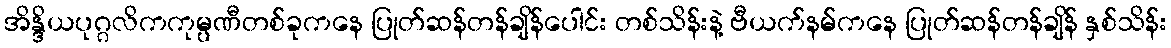
အိန္ဒိယပုဂ္ဂလိကကုမ္ပဏီတစ်ခုကနေ ပြုတ်ဆန်တန်ချိန်ပေါင်း တစ်သိန်းနဲ့ ဗီယက်နမ်ကနေ ပြုတ်ဆန်တန်ချိန် နှစ်သိန်း